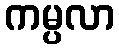
ကမ္ပလာ